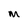
Character: M